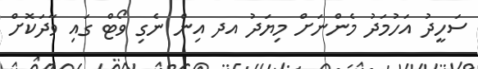
ސަހީދު އަހުމަދު މެންނަށް މިޔަދު އދ އިން ނެގި ވޯޓް ގައި ވާދަކޮށް